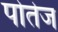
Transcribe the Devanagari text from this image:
पोतेज